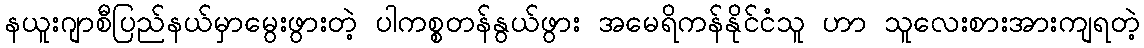
နယူးဂျာစီပြည်နယ်မှာမွေးဖွားတဲ့ ပါကစ္စတန်နွယ်ဖွား အမေရိကန်နိုင်ငံသူ ဟာ သူလေးစားအားကျရတဲ့